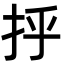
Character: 𫼞